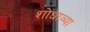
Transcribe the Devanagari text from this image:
शोधाव्या